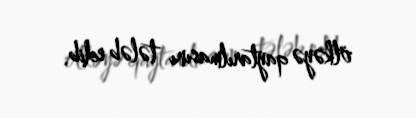
ölkəyə qaytarılmasını tələb edib.